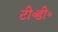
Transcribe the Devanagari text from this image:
टी॰डी॰